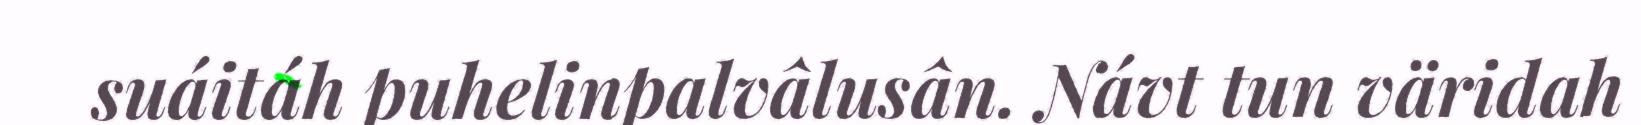
suáitáh puhelinpalvâlusân. Návt tun väridah